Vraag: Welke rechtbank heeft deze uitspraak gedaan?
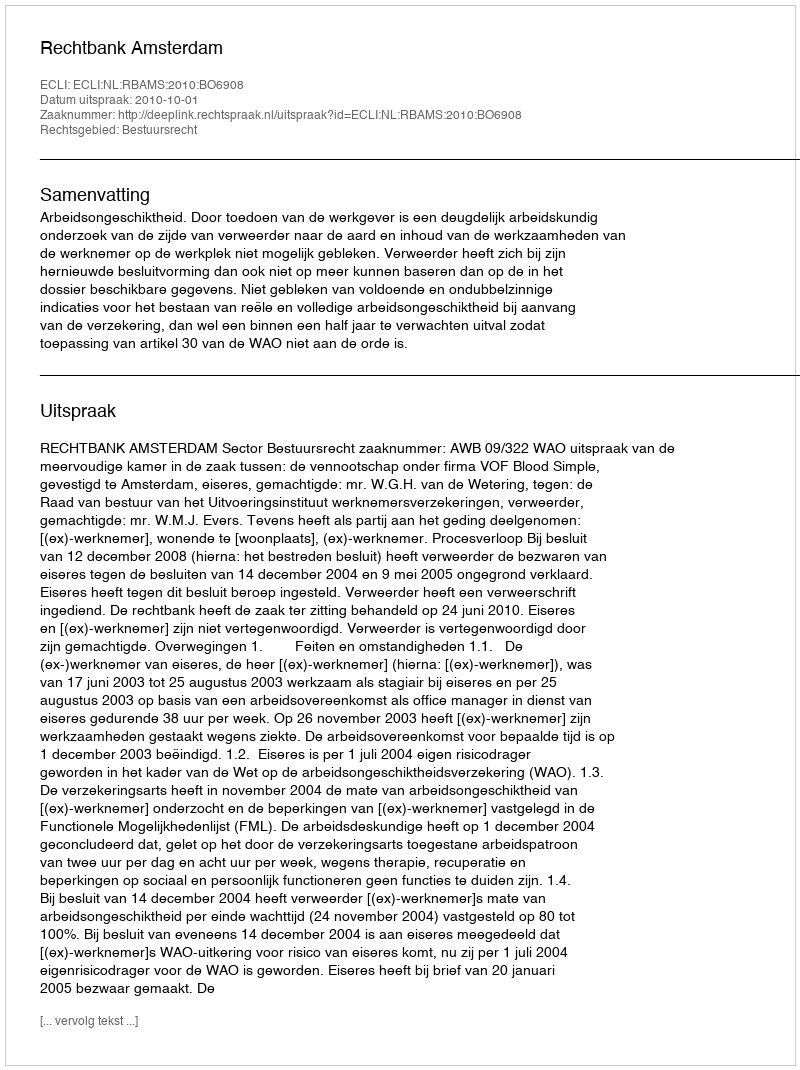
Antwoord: Rechtbank Amsterdam